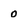
Character: 0